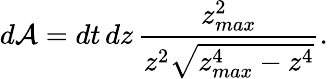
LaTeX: d{\cal A}=dt\, dz\, \frac{z_{max}^{2}}{z^{2}\sqrt{z_{max}^{4}-z^{4}}}.